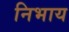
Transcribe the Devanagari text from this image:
निभाय